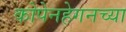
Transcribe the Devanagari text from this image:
कोपेनहेगनच्या